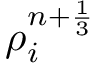
{ \rho } _ { i } ^ { n + \frac { 1 } { 3 } }